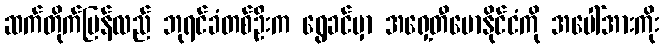
ဆက်တိုက်ပြန်လည် ဘုရင်ခံတစ်ဦးက ရွေခင်မှာ အရှေ့တီမောနိုင်ငံကို အပေါ်အားကိုး